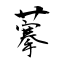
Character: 藆